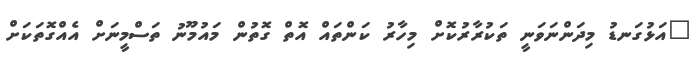
"އަޅުގަނޑު މިދަންނަވަނީ ތަކުރާރުކޮށް މިހާރު ކަންތައް އޮތް ގޮތުން މައުމޫނު ތަސްމީނަށް އެއްގޮތަކަށް